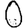
Digit: 0